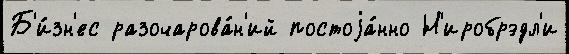
Б'и́зн'ес разочарова́н'ий постоjа́нно Н'иробрэдл'и